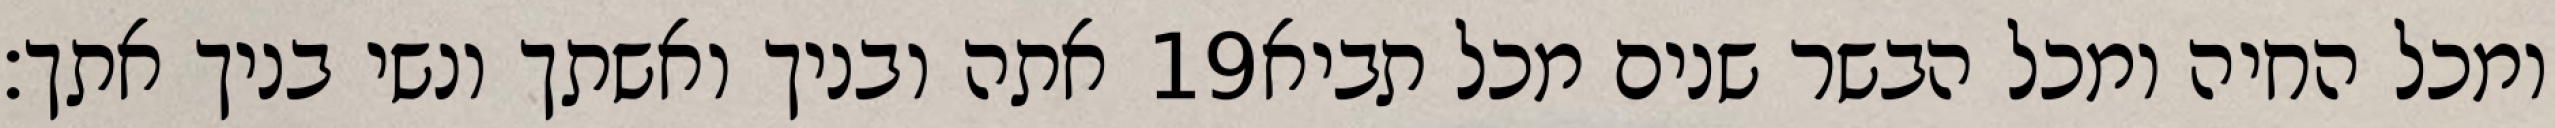
אתה ובניך ואשתך ונשי בניך אתך׃ ‎19‏ ומכל החיה ומכל הבשר שנים מכל תביא